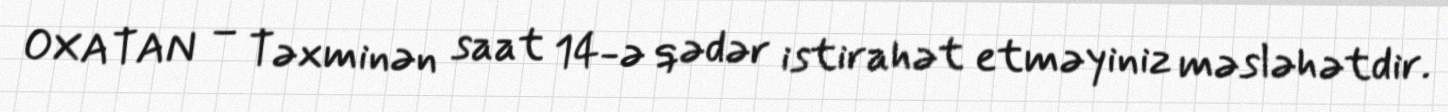
OXATAN – Təxminən saat 14-ə qədər istirahət etməyiniz məsləhətdir.